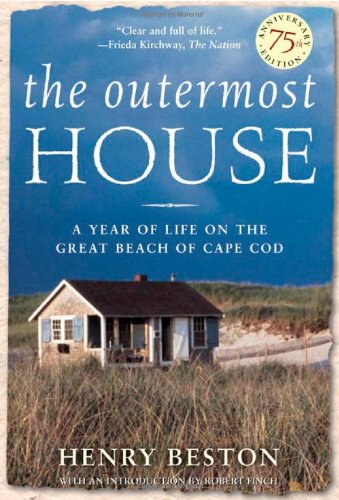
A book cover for The Outermost House: A Year of Life On The Great Beach of Cape Cod; Henry Beston; Science & Math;